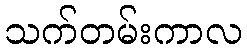
သက်တမ်းကာလ